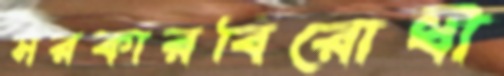
সরকারবিরোধী